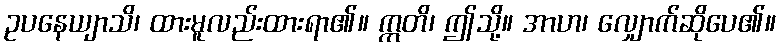
ဥပနေယျာသိ၊ ထားမူလည်းထားရာ၏။ ဣတိ၊ ဤသို့။ အာဟ၊ လျှောက်ဆိုပေ၏။